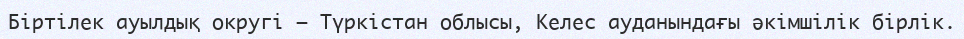
Біртілек ауылдық округі — Түркістан облысы, Келес ауданындағы әкімшілік бірлік.